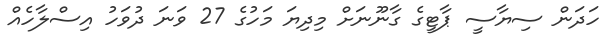
ހަދަން ސިޔާސީ ޕާޓީގެ ގާނޫނަށް މިދިޔަ މަހުގެ 27 ވަނަ ދުވަހު އިސްލާހެއް